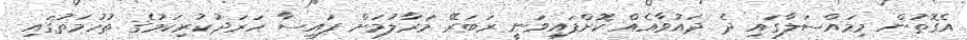
އެގޮތުން މިމައްސަލާގައި ދެ ދައުވާއެއް ކޮށްފައިވަނީ ރަބަރޭ މަރާލުމަށް ފައިސާ ހަރަދުކުރިކަމުގެ ތުހުމަތުގައި